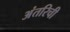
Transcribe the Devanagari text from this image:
अंतरिची